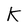
Character: K